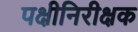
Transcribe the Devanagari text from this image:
पक्षीनिरीक्षक